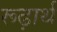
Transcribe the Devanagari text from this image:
रूढ़ार्थ